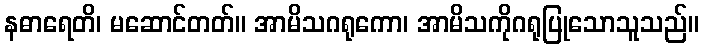
နဓာရေတိ၊ မဆောင်တတ်။ အာမိသဂရုကော၊ အာမိသကိုဂရုပြုသောသူသည်။